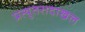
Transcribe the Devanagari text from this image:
प्रत्युतरादाखल